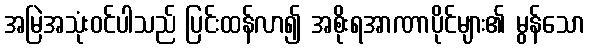
အမြဲအသုံးဝင်ပါသည် ပြင်းထန်လာ၍ အစိုးရအာဏာပိုင်များ၏ မွန်သော